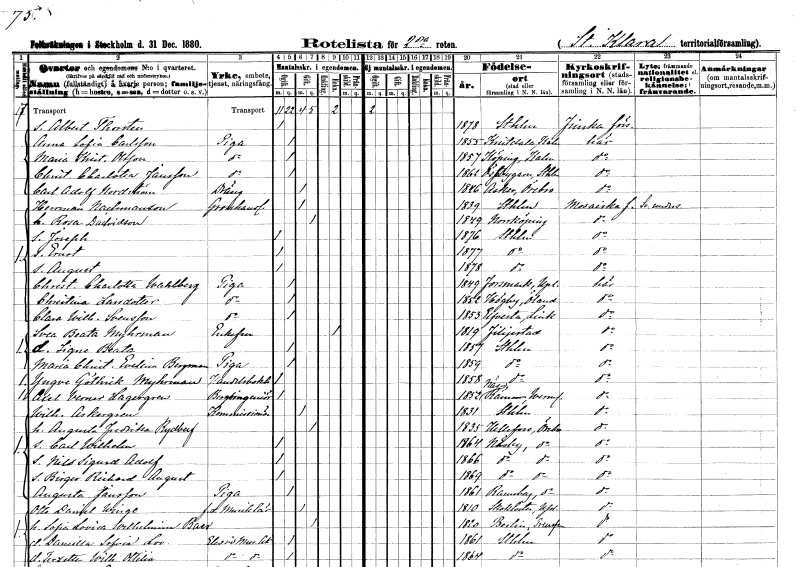
gt_parse: households: individuals: FN: Albert Thorsten
KON: M
CIV: O
FODAR: 1878
FODFORS: Stockholm
FN: Anna Sofia
EN: Carlsson
YRKE: Piga
KON: K
CIV: O
FODAR: 1855
FODFORS: Kristdala Kalmar län
FN: Maria Kristina
EN: Olsson
YRKE: Piga
KON: K
CIV: O
FODAR: 1857
FODFORS: Köping Kalmar län
FN: Christina Charlotta
EN: Jansson
YRKE: Piga
KON: K
CIV: O
FODAR: 1862
FODFORS: Össeby-Garn Stockholms län
FN: Carl Adolf
EN: Nordström
YRKE: Dräng
KON: M
CIV: G
FODAR: 1846
FODFORS: Asker Örebro län
FN: Herrman
EN: Nachmanson
YRKE: Grosshandlare
KON: M
CIV: G
FODAR: 1839
FODFORS: Stockholm
FN: Rosa
EN: Davidson
KON: K
CIV: G
FODAR: 1849
FODFORS: Norrköping Östergötlands län
FN: Joseph
KON: M
CIV: O
FODAR: 1876
FODFORS: Stockholm
FN: Ernst
KON: M
CIV: O
FODAR: 1877
FODFORS: Stockholm
FN: August
KON: M
CIV: O
FODAR: 1878
FODFORS: Stockholm
FN: Christina Charlotta
EN: Wahlberg
YRKE: Piga
KON: K
CIV: O
FODAR: 1849
FODFORS: Forsmark Uppsala län
FN: Christina
EN: Larsdotter
YRKE: Piga
KON: K
CIV: O
FODAR: 1852
FODFORS: Högby Kalmar län
FN: Clara Wilhelmina
EN: Svensson
YRKE: Piga
KON: K
CIV: O
FODAR: 1853
FODFORS: Älvestad Östergötlands län
FN: Svea Beata
EN: Myhrman
KON: K
CIV: E
FODAR: 1819
FODFORS: Filipstad Värmlands län
FN: Signe Beata
KON: K
CIV: O
FODAR: 1857
FODFORS: Stockholm
FN: Maria Christina Evelina
EN: Bergman
YRKE: Piga
KON: K
CIV: O
FODAR: 1859
FODFORS: Stockholm
FN: Yngve Göthrik
EN: Myhrman
YRKE: Handelsbokhållare
KON: M
CIV: O
FODAR: 1858
FODFORS: Stockholm
FN: Axel Verner
EN: Lagergren
YRKE: Bergsingenjör
KON: M
CIV: O
FODAR: 1852
FODFORS: Rämmen Värmlands län
FN: Wilhelm
EN: Askergren
YRKE: Kommissionär
KON: M
CIV: G
FODAR: 1831
FODFORS: Stockholm
FN: Augusta Fredrika
EN: Rydberg
KON: K
CIV: G
FODAR: 1835
FODFORS: Hällefors Örebro län
FN: Carl Wilhelm
KON: M
CIV: O
FODAR: 1864
FODFORS: Näsby Örebro län
FN: Nils Sigurd Adolf
KON: M
CIV: O
FODAR: 1866
FODFORS: Näsby Örebro län
FN: Birger Richard August
KON: M
CIV: O
FODAR: 1869
FODFORS: Näsby Örebro län
FN: Augusta
EN: Jansson
YRKE: Piga
KON: K
CIV: O
FODAR: 1861
FODFORS: Ramsberg Örebro län